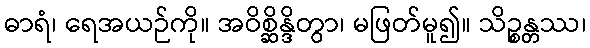
ဓာရံ၊ ရေအယဉ်ကို။ အဝိစ္ဆိန္ဒိတွာ၊ မဖြတ်မူ၍။ သိဉ္စန္တဿ၊